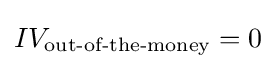
IV_{\textrm {out-of-the-money}}=0